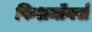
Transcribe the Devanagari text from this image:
फिशमॉंगर्स